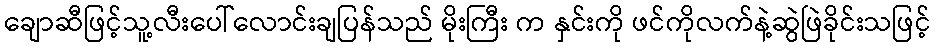
ချောဆီဖြင့်သူ့လီးပေါ်လောင်းချပြန်သည် မိုးကြီး က နှင်းကို ဖင်ကိုလက်နဲ့ဆွဲဖြဲခိုင်းသဖြင့်